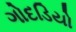
ગોદડિયો